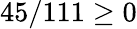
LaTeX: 45/111\geq 0